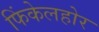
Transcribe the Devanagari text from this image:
फिंकेलहोर